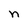
Character: n